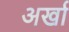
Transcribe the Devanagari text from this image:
अर्खा